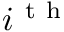
i ^ { \mathrm { ~ t ~ h ~ } }